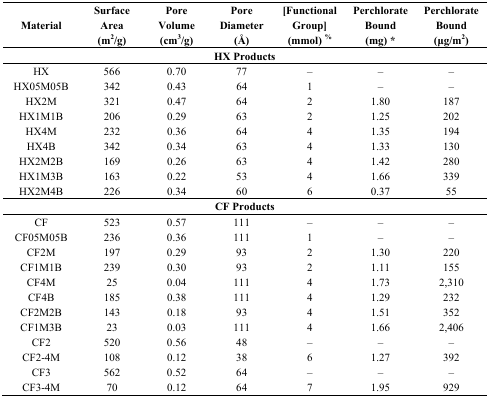
<table><thead><tr><td><b>Material</b></td><td><b>Surface Area (m<sup>2</sup>/g)</b></td><td><b>Pore Volume (cm<sup>3</sup>/g)</b></td><td><b>Pore Diameter (Å)</b></td><td><b>[Functional Group] (mmol) <sup>%</sup></b></td><td><b>Perchlorate Bound (mg) *</b></td><td><b>Perchlorate Bound (μg/m<sup>2</sup>)</b></td></tr></thead><tbody><tr><td colspan="7"><b>HX Products</b></td></tr><tr><td>HX</td><td>566</td><td>0.70</td><td>77</td><td>–</td><td>–</td><td>–</td></tr><tr><td>HX05M05B</td><td>342</td><td>0.43</td><td>64</td><td>1</td><td>–</td><td>–</td></tr><tr><td>HX2M</td><td>321</td><td>0.47</td><td>64</td><td>2</td><td>1.80</td><td>187</td></tr><tr><td>HX1M1B</td><td>206</td><td>0.29</td><td>63</td><td>2</td><td>1.25</td><td>202</td></tr><tr><td>HX4M</td><td>232</td><td>0.36</td><td>64</td><td>4</td><td>1.35</td><td>194</td></tr><tr><td>HX4B</td><td>342</td><td>0.34</td><td>63</td><td>4</td><td>1.33</td><td>130</td></tr><tr><td>HX2M2B</td><td>169</td><td>0.26</td><td>63</td><td>4</td><td>1.42</td><td>280</td></tr><tr><td>HX1M3B</td><td>163</td><td>0.22</td><td>53</td><td>4</td><td>1.66</td><td>339</td></tr><tr><td>HX2M4B</td><td>226</td><td>0.34</td><td>60</td><td>6</td><td>0.37</td><td>55</td></tr><tr><td colspan="7"><b>CF Products</b></td></tr><tr><td>CF</td><td>523</td><td>0.57</td><td>111</td><td>–</td><td>–</td><td>–</td></tr><tr><td>CF05M05B</td><td>236</td><td>0.36</td><td>111</td><td>1</td><td>–</td><td>–</td></tr><tr><td>CF2M</td><td>197</td><td>0.29</td><td>93</td><td>2</td><td>1.30</td><td>220</td></tr><tr><td>CF1M1B</td><td>239</td><td>0.30</td><td>93</td><td>2</td><td>1.11</td><td>155</td></tr><tr><td>CF4M</td><td>25</td><td>0.04</td><td>111</td><td>4</td><td>1.73</td><td>2,310</td></tr><tr><td>CF4B</td><td>185</td><td>0.38</td><td>111</td><td>4</td><td>1.29</td><td>232</td></tr><tr><td>CF2M2B</td><td>143</td><td>0.18</td><td>93</td><td>4</td><td>1.51</td><td>352</td></tr><tr><td>CF1M3B</td><td>23</td><td>0.03</td><td>111</td><td>4</td><td>1.66</td><td>2,406</td></tr><tr><td>CF2</td><td>520</td><td>0.56</td><td>48</td><td>–</td><td>–</td><td>–</td></tr><tr><td>CF2-4M</td><td>108</td><td>0.12</td><td>38</td><td>6</td><td>1.27</td><td>392</td></tr><tr><td>CF3</td><td>562</td><td>0.52</td><td>64</td><td>–</td><td>–</td><td>–</td></tr><tr><td>CF3-4M</td><td>70</td><td>0.12</td><td>64</td><td>7</td><td>1.95</td><td>929</td></tr></tbody></table>